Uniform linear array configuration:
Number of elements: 32
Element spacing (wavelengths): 0.25
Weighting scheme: uniform
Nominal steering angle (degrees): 30
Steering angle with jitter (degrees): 31.428
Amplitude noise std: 0.05
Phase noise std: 0.05

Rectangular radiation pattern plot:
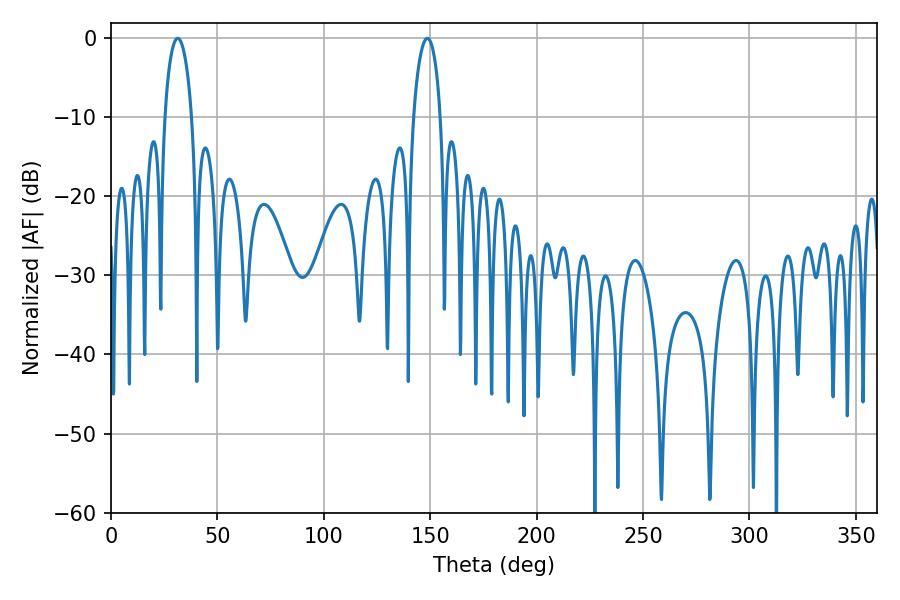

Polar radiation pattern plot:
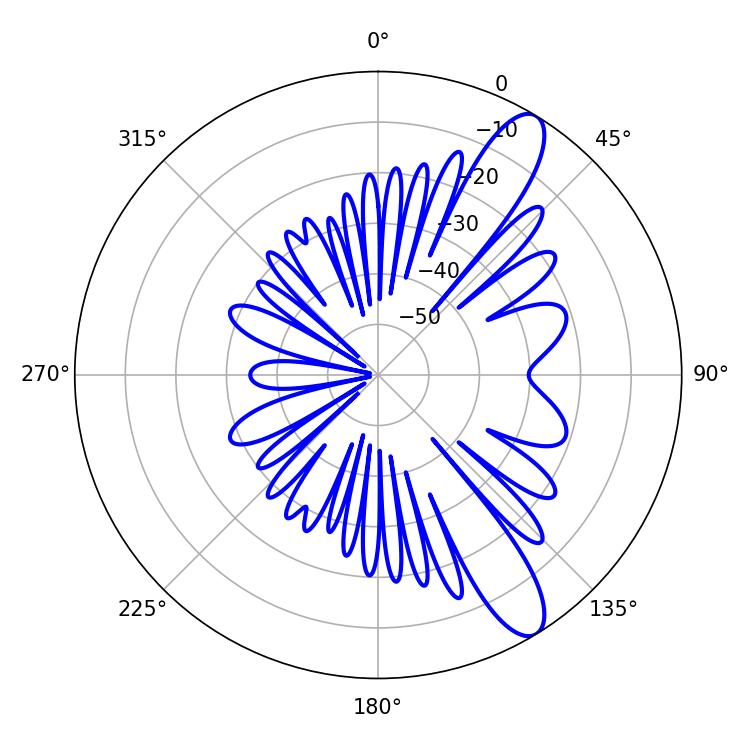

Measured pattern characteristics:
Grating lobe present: FALSE
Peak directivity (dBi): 11.218
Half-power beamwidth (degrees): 7.38
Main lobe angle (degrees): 31.32